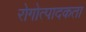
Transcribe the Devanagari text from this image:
रोगोत्पादकता